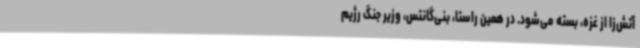
آتش‌زا از غزه، بسته می‌شود. در همین راستا، بنی‌گانتس، وزیر جنگ رژیم